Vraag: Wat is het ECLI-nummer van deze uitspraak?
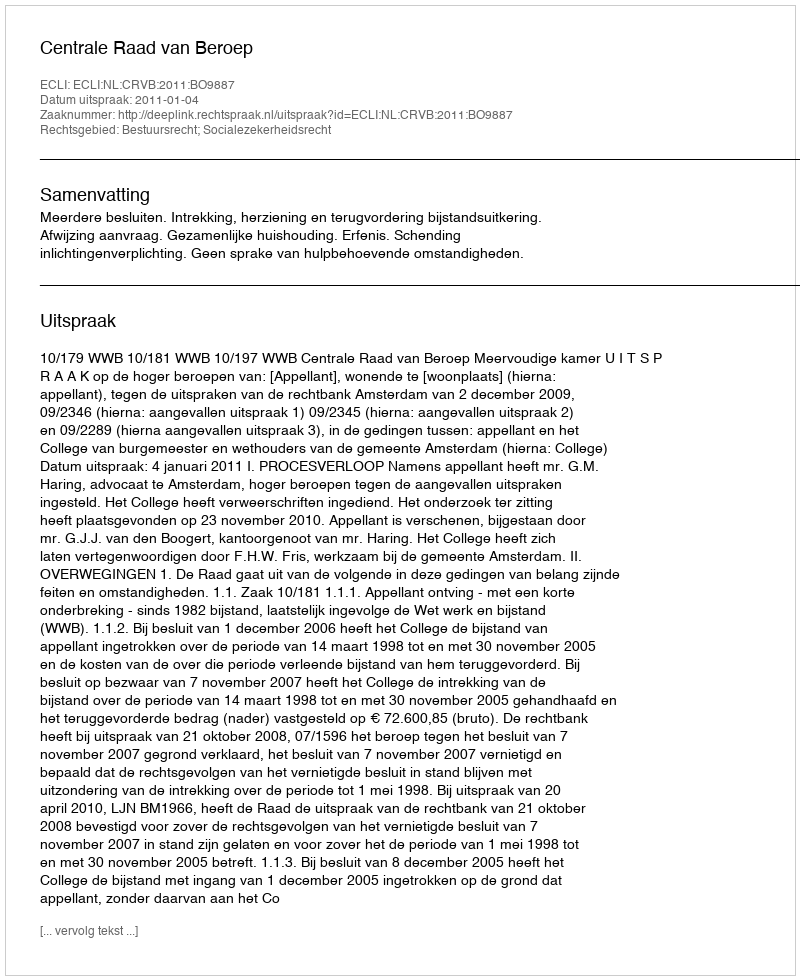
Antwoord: ECLI:NL:CRVB:2011:BO9887